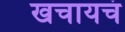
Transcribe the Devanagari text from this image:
खचायचं